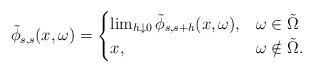
LaTeX: \begin{align*} \tilde{\phi}_{s,s} (x,\omega) = \begin{cases} \lim_{h \downarrow 0} \tilde{\phi}_{s,s+h} (x,\omega), & \omega \in \tilde{\Omega} \\ x, & \omega \notin \tilde{\Omega}. \end{cases} \end{align*}